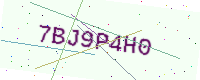
Text: 7BJ9P4H0